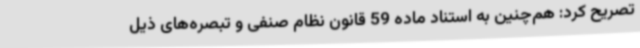
تصریح کرد: هم‌چنین به استناد ماده 59 قانون نظام صنفی و تبصره‌های ذیل